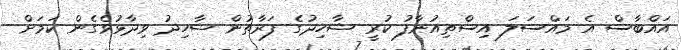
އައްބާސް އެ މައްސަލަ އިސްތިއުނާފު ކުރީ ޝާހިދުގެ ފަރާތުން ޝާހިދު ވިދާޅުވެގެން ކަމަށް